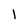
Character: 1